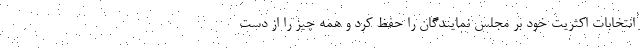
انتخابات اکثریت خود بر مجلس نمایندگان را حفظ کرد و همه چیز را از دست